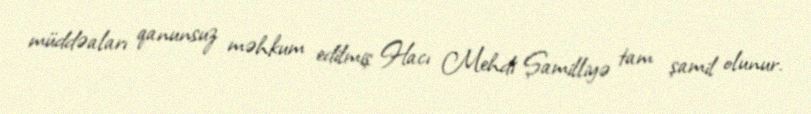
müddəaları qanunsuz məhkum edilmiş Hacı Mehdi Şamilliyə tam şamil olunur.